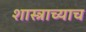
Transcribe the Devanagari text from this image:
शास्त्राच्याच